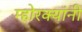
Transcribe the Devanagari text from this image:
म्होरक्‍यांनी